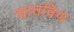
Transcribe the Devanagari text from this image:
सातविण